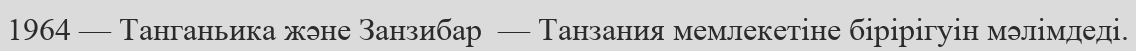
1964 — Танганьика және Занзибар  — Танзания мемлекетіне бірірігуін мәлімдеді.